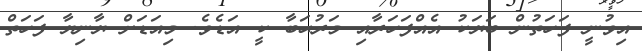
އިވުނީ ފަހަތުން ބަޔަކު އެއްފަހަރާއި މަރުޙަބާ ކީ އަޑެވެ. މިއަޑަށް ޔާނިޔާ ފަހަތް